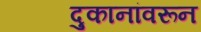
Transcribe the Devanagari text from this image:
दुकानांवरून